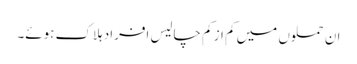
ان حملوں میں کم از کم چالیس افراد ہلاک ہوئے۔